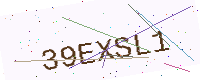
Text: 39EXSL1